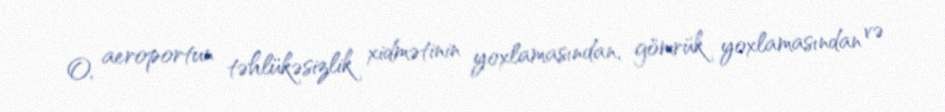
O, aeroportun təhlükəsizlik xidmətinin yoxlamasından, gömrük yoxlamasından və